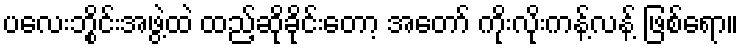
ပလေးဘွိုင်းအဖွဲ့ထဲ ထည့်ဆိုခိုင်းတော့ အတော် ကိုးလိုးကန့်လန့် ဖြစ်ရော။